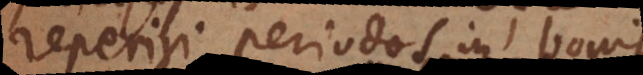
reperiri periodos in bonis